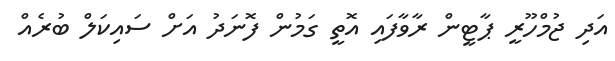
އަދި ޖުމްހޫރީ ޕާޓީން ރާވާފައި އޮތީ ގަމުން ފޮނަދު އަށް ސައިކަލް ބުރެއް